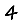
Digit: 4